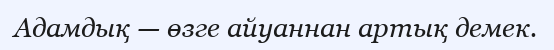
Адамдық — өзге айуаннан артық демек.